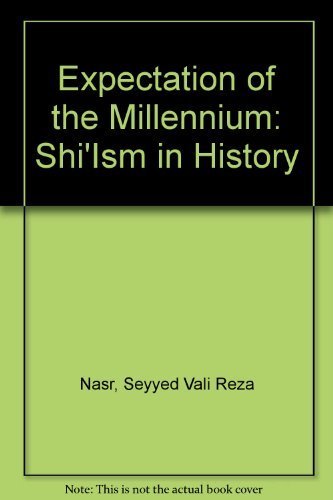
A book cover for Expectation of the Millennium: Shi'Ism in History; Seyyed Vali Reza Nasr; Religion & Spirituality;